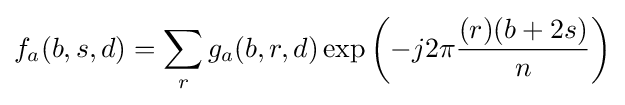
f_{a}(b,s,d)=\sum _{r}g_{a}(b,r,d)\exp \left(-j2\pi {\frac {(r)(b+2s)}{n}}\right)